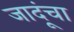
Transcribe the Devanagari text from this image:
जादूंचा